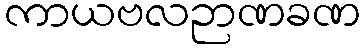
ကာယဗလဉာဏခဏ